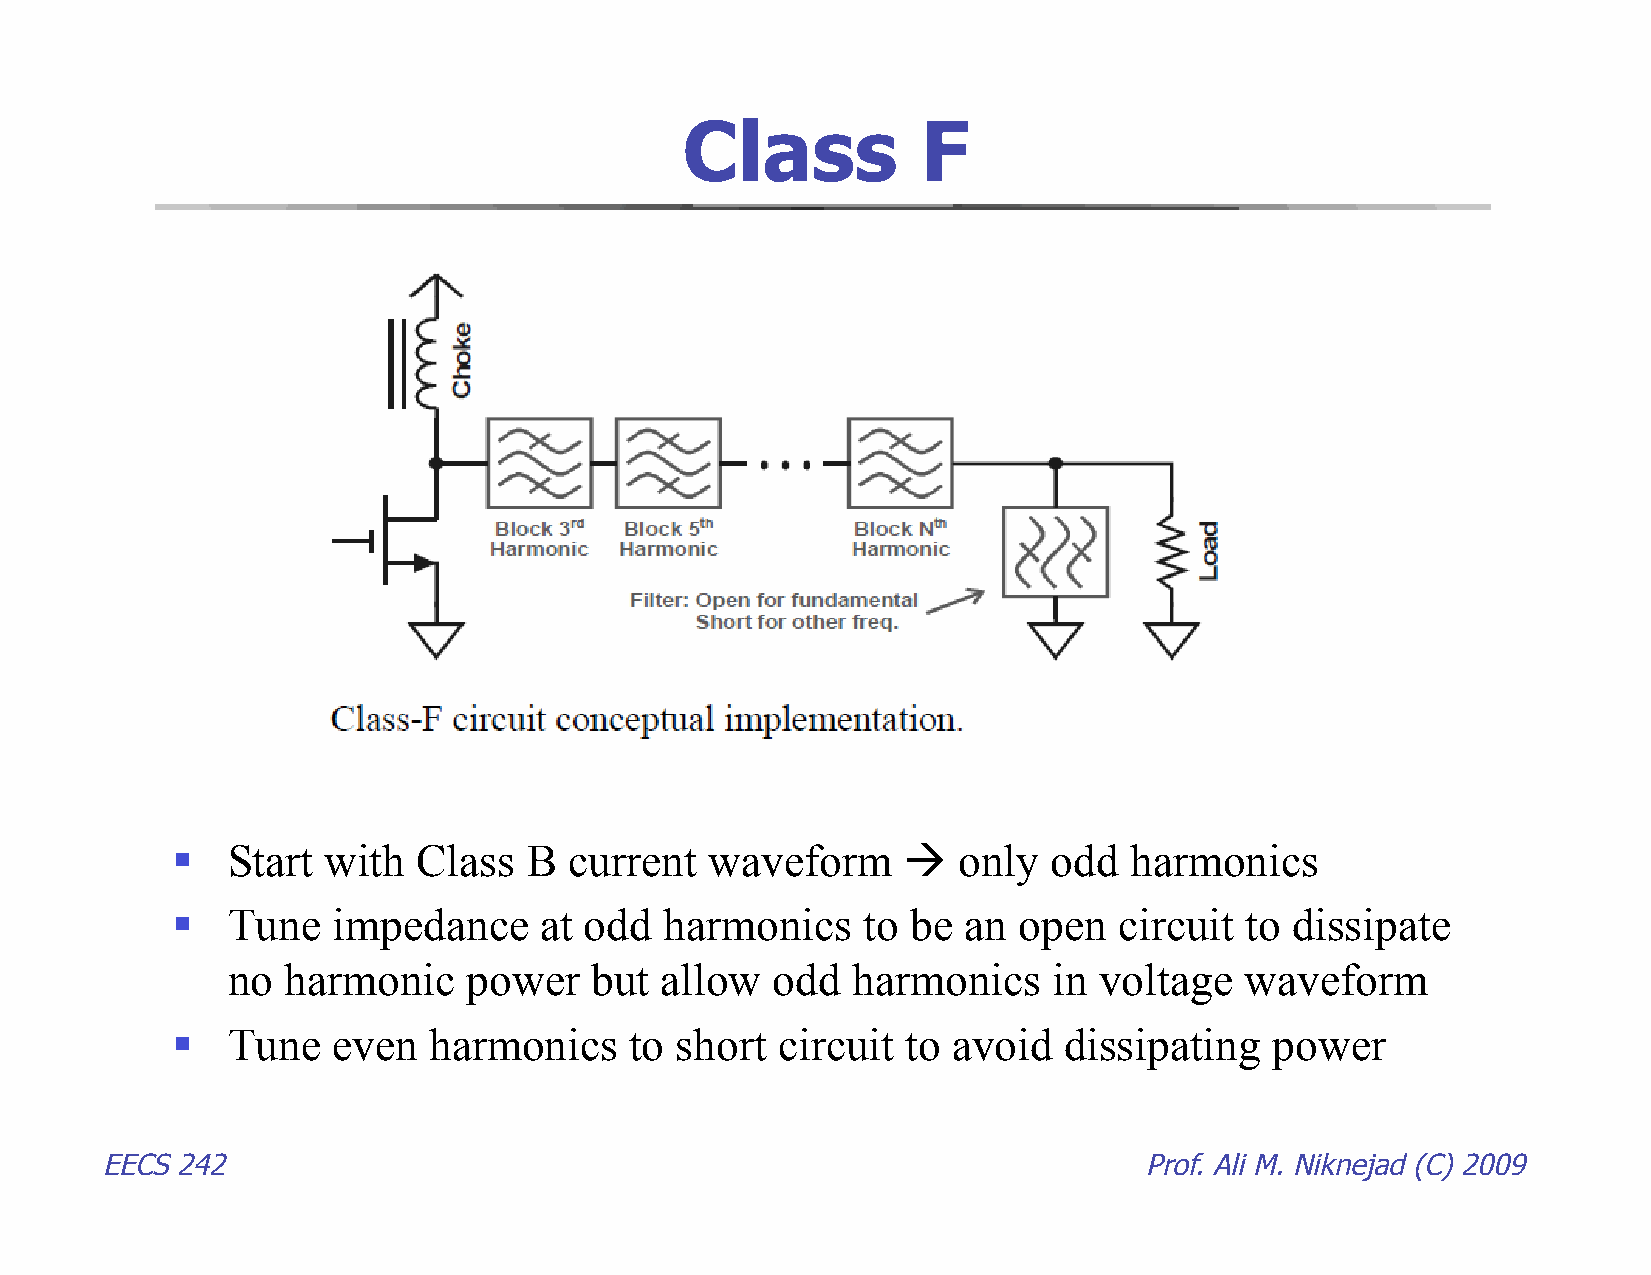
Class           F
    Start  with  Class  B  current  waveform       only   odd  harmonics
    Tune   impedance     at odd  harmonics    to be  an open   circuit to  dissipate
 no  harmonic    power   but  allow  odd  harmonics     in voltage  waveform
    Tune   even  harmonics     to short  circuit to avoid  dissipating   power
 EECS 242                                                             Prof. Ali M. Niknejad (C) 2009